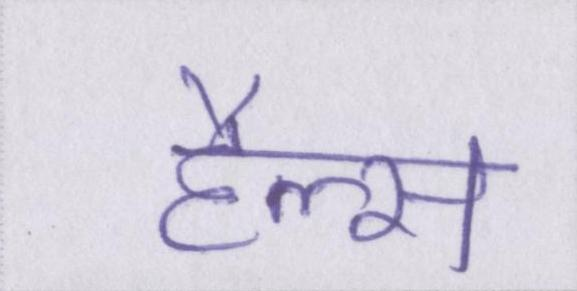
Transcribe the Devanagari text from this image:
हैल्स